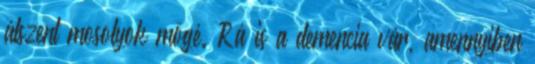
álszent mosolyok mögé. Rá is a demencia vár, amennyiben